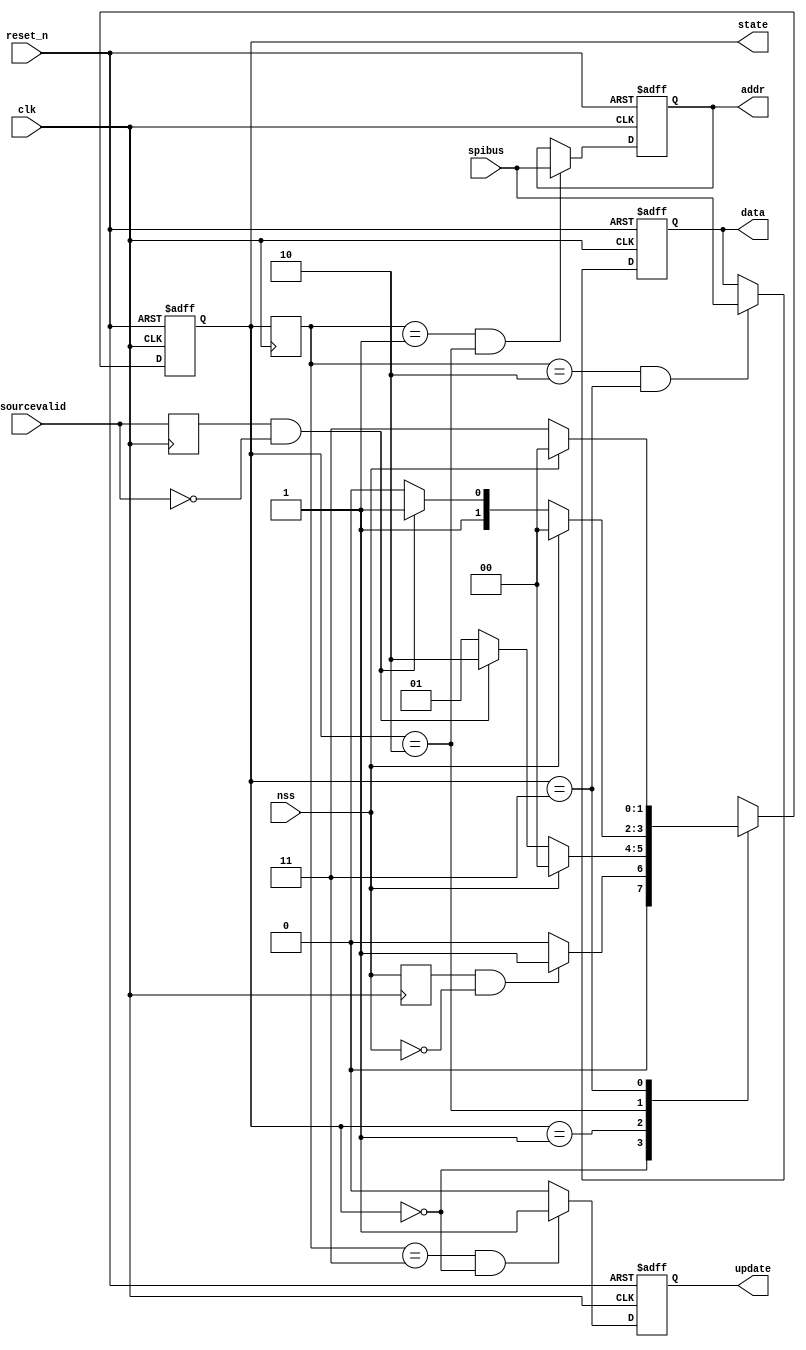
module sm_spidata (
	input clk, reset_n, nss, stsourcevalid,
	input [7:0] spibus,
	output reg [7:0] addr, data,
	output reg update,
	output [1:0] state
);

parameter IDLE = 2'b00;
parameter get_addr = 2'b01;
parameter get_data = 2'b10;
parameter complete = 2'b11;
 
//
reg [1:0] current_state;
reg [1:0] next_state;

//
always @ (posedge clk or negedge reset_n) begin
    if(!reset_n)
        current_state <= IDLE;
    else
        current_state <= next_state;
end

reg nss_buf, stsourcevalid_buf;
always @(posedge clk)
	nss_buf <= nss;
always @(posedge clk)
	stsourcevalid_buf <= stsourcevalid;

//
always @ (nss or stsourcevalid or current_state) begin
	case(current_state)
		IDLE:		begin
							if(nss_buf==1'b1 && nss==1'b0) next_state = get_addr;
							else   next_state = IDLE;
						end
		get_addr:  	begin
							if (nss==1'b1) next_state = IDLE;
							else if(stsourcevalid_buf==1'b1 && stsourcevalid==1'b0) next_state = get_data;
							else    next_state = get_addr;
						end
		get_data:  	begin
							if (nss==1'b1) next_state = IDLE;
							else if(stsourcevalid_buf==1'b1 && stsourcevalid==1'b0) next_state = complete;
							else    next_state = get_data;
						end
		complete:  	begin
							if (nss==1'b1) next_state = IDLE;
							else next_state = complete;
						end
        default : next_state = 2'bxx;
   endcase
end
assign state = current_state;

//
reg [1:0] state_buf;
always @(posedge clk)
	state_buf <= current_state;

always @(posedge clk or negedge reset_n)
	if (!reset_n)
		addr <= 8'd0;
	else if (state_buf==get_addr && current_state==get_data)
		addr <= spibus;
	else
		addr <= addr;

always @(posedge clk or negedge reset_n)
	if (!reset_n)
		data <= 8'd0;
	else if (state_buf==get_data && current_state==complete)
		data <= spibus;
	else
		data <= data;

always @(posedge clk or negedge reset_n)
	if (!reset_n)
		update <= 1'd0;
	else if (state_buf==complete && current_state==IDLE)
		update <= 1'b1;
	else
		update <= 1'b0;

endmodule